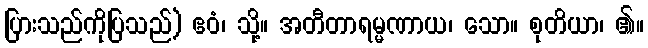
ပြားသည်ကိုပြသည်) ဧဝံ၊ သို့။ အတီတာရမ္မဏာယ၊ သော။ စုတိယာ၊ ၏။